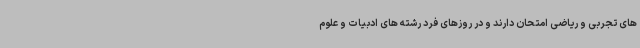
های تجربی و ریاضی امتحان دارند و در روزهای فرد رشته های ادبیات و علوم